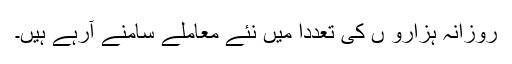
روزانہ ہزارو ں کی تعددا میں نئے معاملے سامنے آرہے ہیں۔